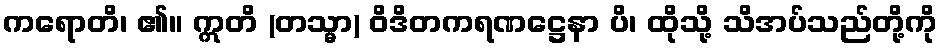
ကရောတိ၊ ၏။ ဣတိ (တသ္မာ) ဝိဒိတကရဏဋ္ဌေနာ ပိ၊ ထိုသို့ သိအပ်သည်တို့ကို